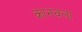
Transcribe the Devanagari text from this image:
कानवला